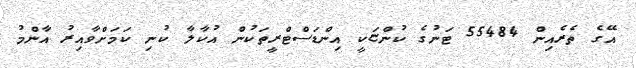
އޭގެ ތެރެއިން 55484 ޓަނުގެ ކުންޏަކީ އިންޑަސްޓްރީތަކުން އުކާލާ ކުނި ކަމަށްވާއިރު އާންމު